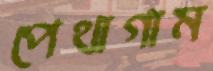
পেথাগাম